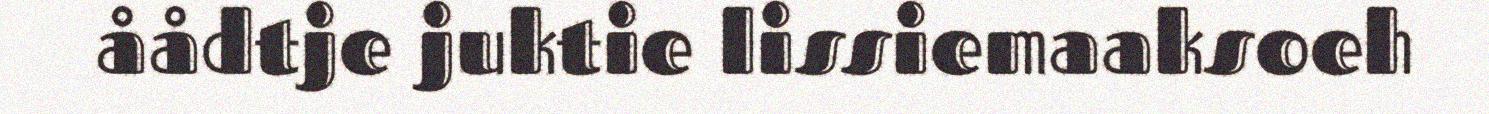
åådtje juktie lissiemaaksoeh